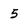
Character: 5